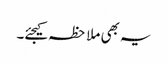
یہ بھی ملاحظہ کیجئے۔